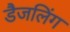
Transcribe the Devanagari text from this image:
डैजलिंग